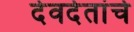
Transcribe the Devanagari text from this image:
देवदेतांचे